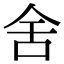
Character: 舍